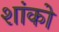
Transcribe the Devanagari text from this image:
शांको